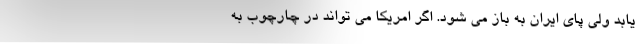
یابد ولی پای ایران به باز می شود. اگر امریکا می تواند در چارچوب به